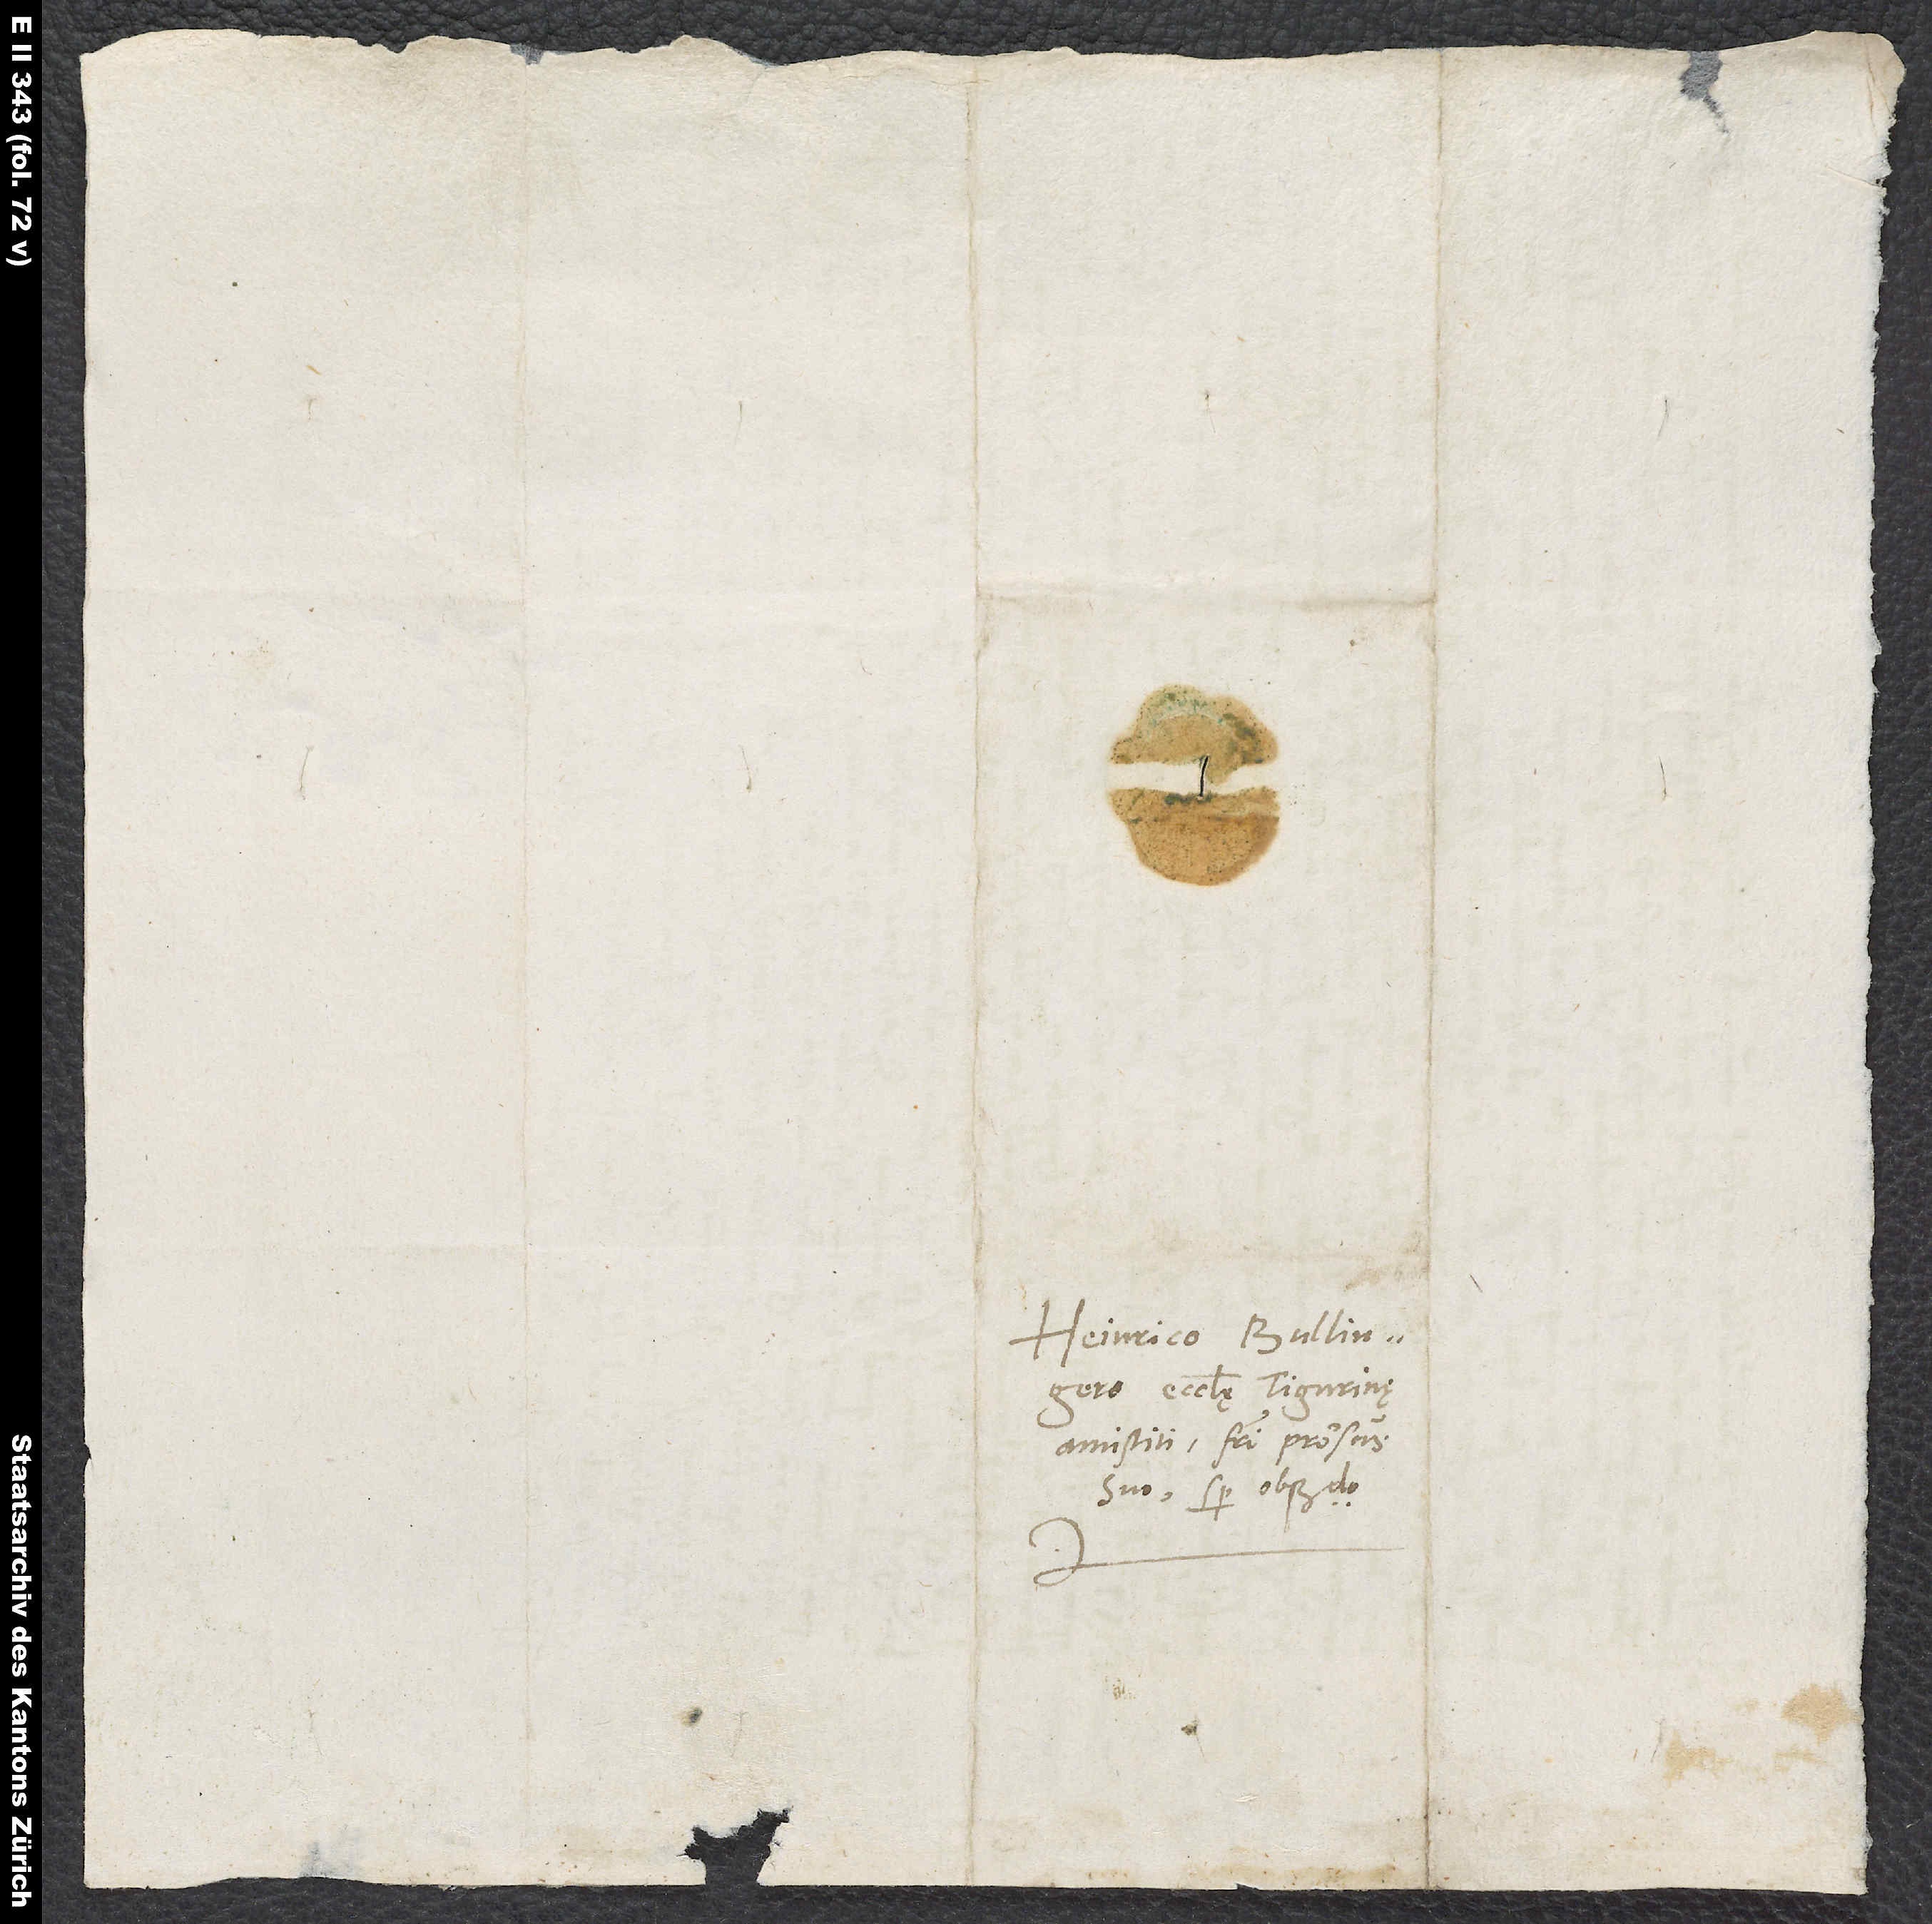
Heinrico Bullingero,
ecclesię Tigurinę
antistiti, fratri prorsus
suo semper observando.